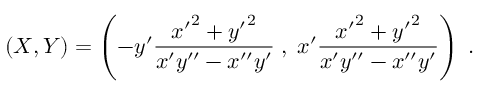
( X , Y ) = \left( - y ^ { \prime } { \frac { { x ^ { \prime } } ^ { 2 } + { y ^ { \prime } } ^ { 2 } } { x ^ { \prime } y ^ { \prime \prime } - x ^ { \prime \prime } y ^ { \prime } } } \; , \; x ^ { \prime } { \frac { { x ^ { \prime } } ^ { 2 } + { y ^ { \prime } } ^ { 2 } } { x ^ { \prime } y ^ { \prime \prime } - x ^ { \prime \prime } y ^ { \prime } } } \right) \; .